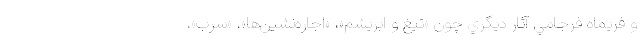
و فريماه فرجامي آثار ديگري چون «تيغ و ابريشم»، «اجاره‌نشين‌ها»، «سرب»،